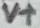
Text: V+